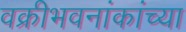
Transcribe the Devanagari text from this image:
वक्रीभवनांकांच्या